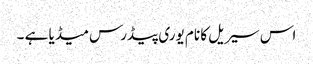
اس سیریل کا نام یوری پیڈرس میڈیا ہے ۔